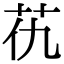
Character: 𦬖